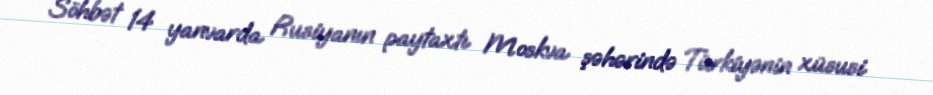
Söhbət 14 yanvarda Rusiyanın paytaxtı Moskva şəhərində Türkiyənin xüsusi